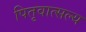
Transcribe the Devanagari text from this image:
पितृवात्सल्य